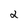
Character: 2